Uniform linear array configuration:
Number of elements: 12
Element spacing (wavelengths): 1
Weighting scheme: uniform
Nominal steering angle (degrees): -30
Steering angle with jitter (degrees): -28.511
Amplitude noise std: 0.05
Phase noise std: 0.05

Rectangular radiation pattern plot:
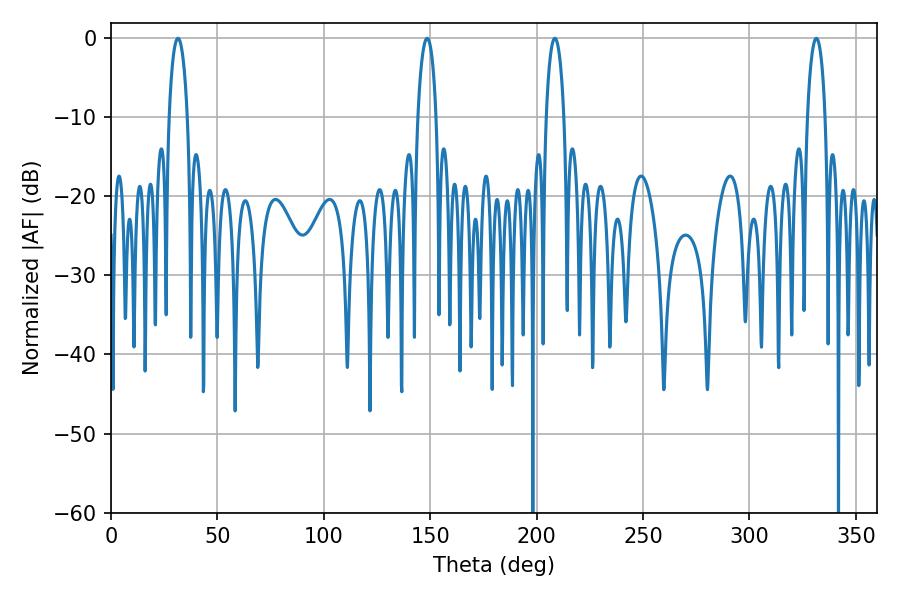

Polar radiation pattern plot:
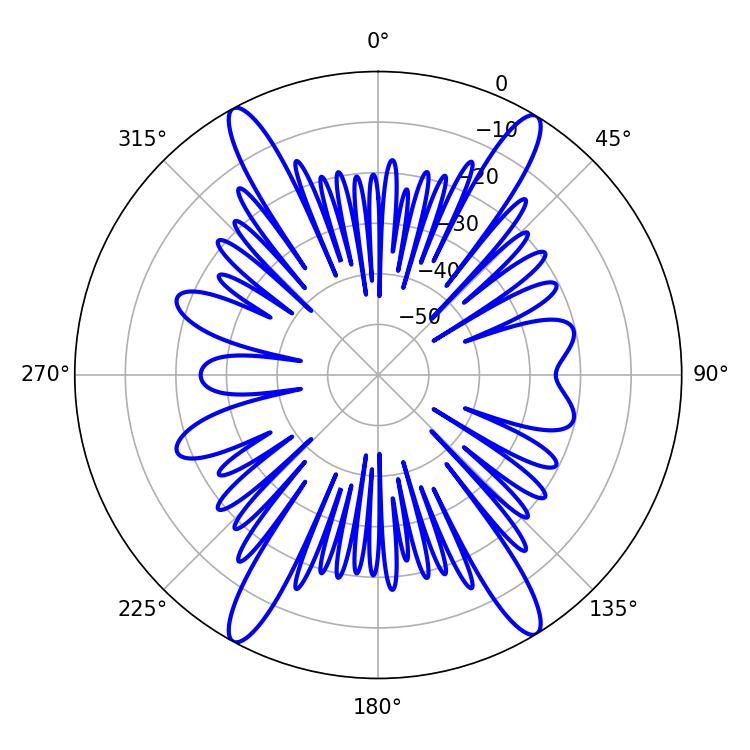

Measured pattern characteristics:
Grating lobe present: TRUE
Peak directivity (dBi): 22.938
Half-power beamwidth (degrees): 5.04
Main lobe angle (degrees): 31.5